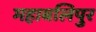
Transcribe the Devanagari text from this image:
महाबलिपुर